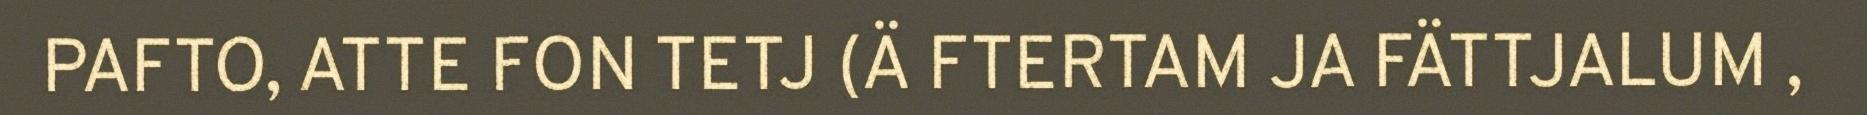
PAFTO, ATTE FON TETJ (Ä FTERTAM JA FÄTTJALUM ,